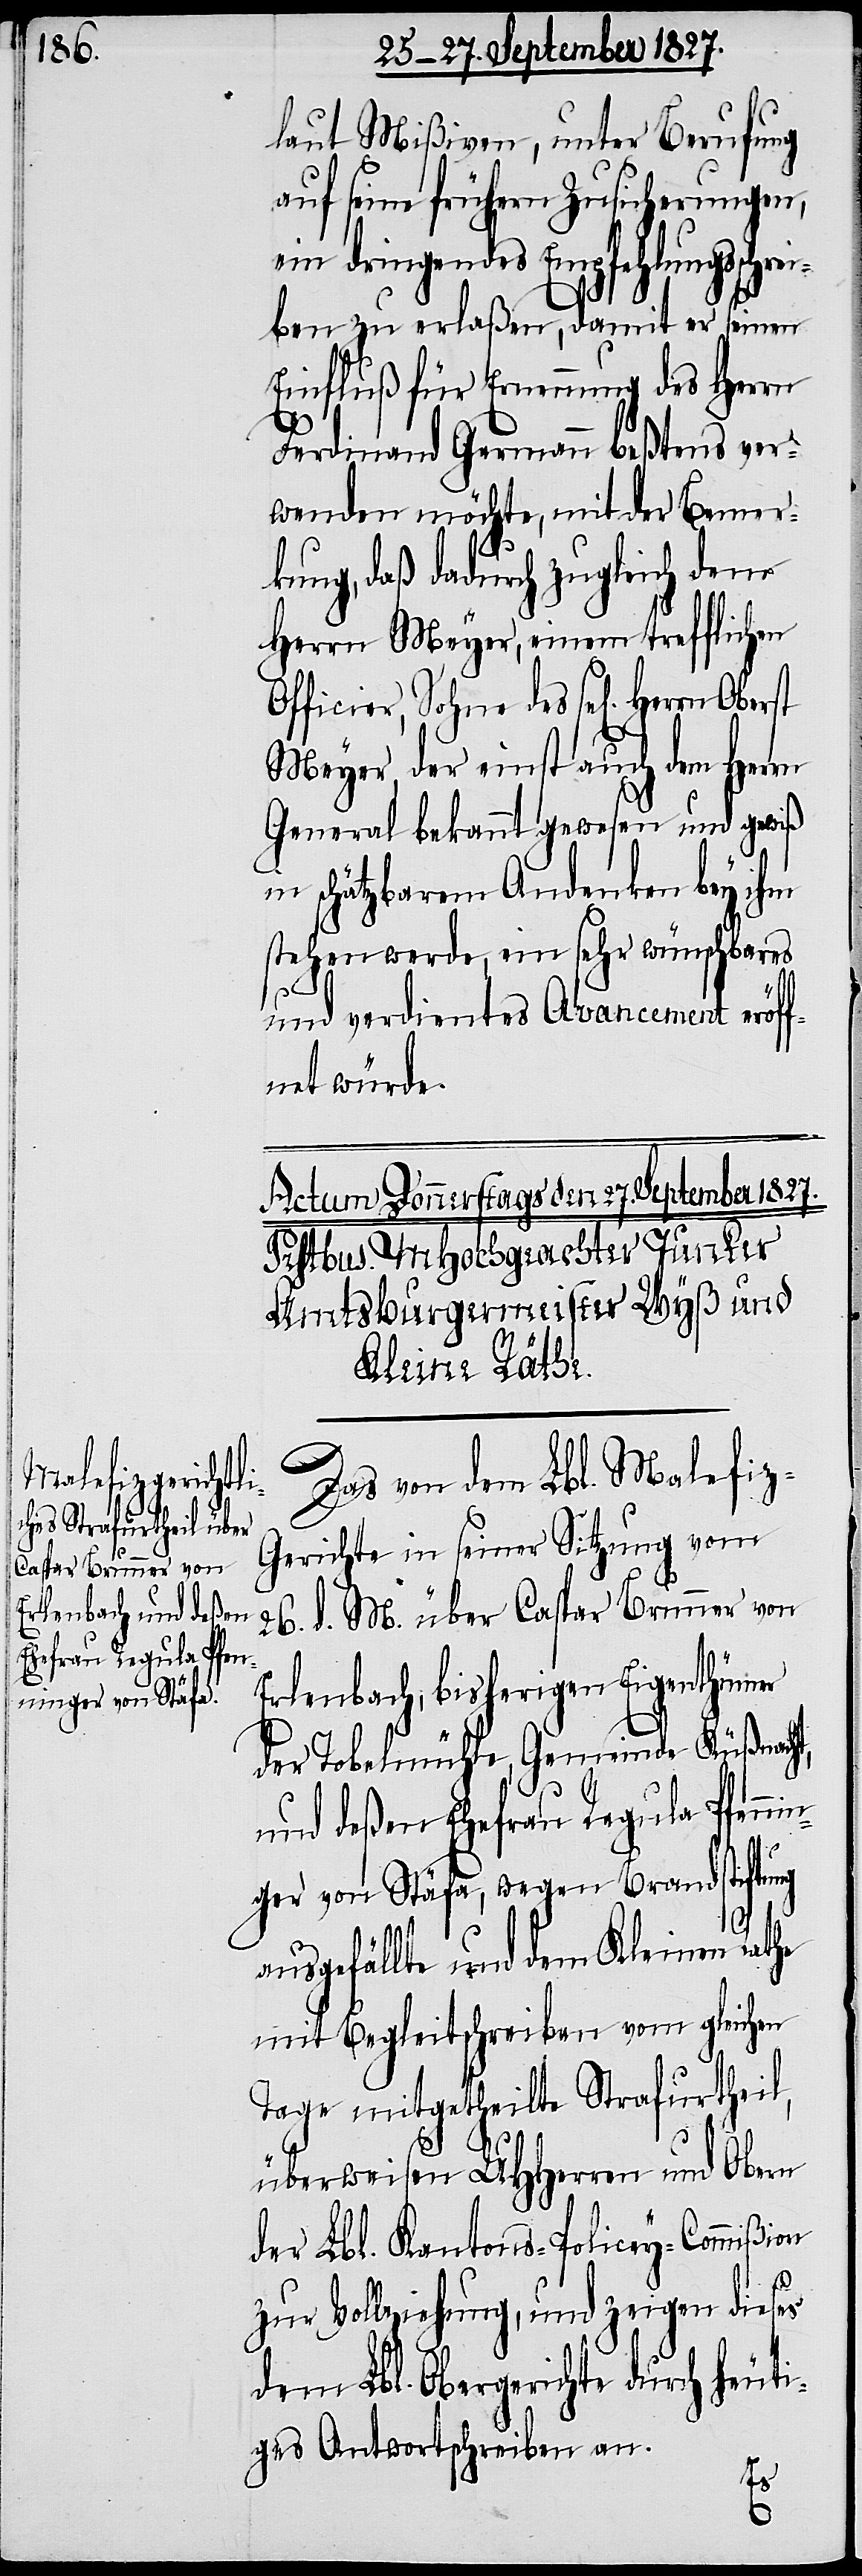
laut Mißiven, unter Berufung
auf seine frühern Zusicherungen,
ein dringendes Empfehlungssch¬
iben zu erlaßen, damit er seinen
Einfluß für Ernennung des Herrn
Ferdinand Germann beßtens ver¬
wenden möchte, mit der Bemer¬
kung, daß dadurch zugleich dem
Herrn Meyer, einem trefflichen
Officier, Sohne des sel[igen]. Herrn
Meyer, der einst auch dem Herrn
General bekannt gewesen und gewiß
in schätzbarem Andenken bey ihm
stehen werde, ein sehr wünschbares
und verdientes avancement eröff¬
net würde.
Das von dem Lbl. Malefiz-G¬
erichte in seiner Sitzung vom
26. d. M. über Caspar Brunner von
Erlenbach, bisherigen Eigenthümer
der Tobelmühle, Gemeinde Küßnacht,
und deßen Ehefrau Regula Pfenn¬
in¬
ger von Stäfa, wegen Brandstiftung
ausgefällte und dem Kleinen Rathe
mit Begleitschreiben vom gleichen
Tage mitgetheilte Strafurtheil,
überweisen UHHerren und Obern
der Lbl. Kantons-Policey-Commißion
zur Vollziehung, und zeigen dieses
dem Lbl. Obergerichte durch heuti¬
ges Antwortschreiben an.
re¬